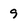
Character: 9